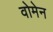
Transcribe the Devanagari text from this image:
वोमेन